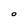
Character: O